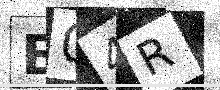
Text: B04R